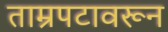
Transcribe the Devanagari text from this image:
ताम्रपटावरून